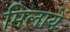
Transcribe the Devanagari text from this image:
मिलायें